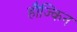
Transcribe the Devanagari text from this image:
हौज्किन